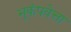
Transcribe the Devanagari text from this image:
भूकंपवेत्ता